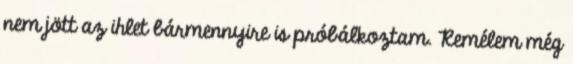
nem jött az ihlet bármennyire is próbálkoztam. Remélem még